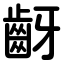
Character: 齖